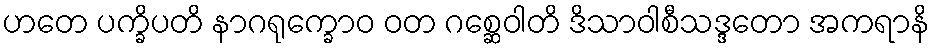
ဟတေ ပက္ခိပတိ နာဂရုက္ခောဝ ဝတ ဂစ္ဆေဝါတိ ဒိသာဝါစီသဒ္ဒတော အကရာနိ